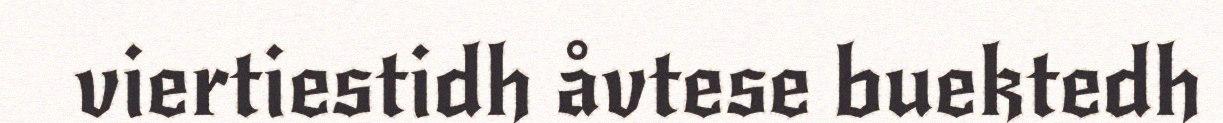
viertiestidh åvtese buektedh